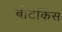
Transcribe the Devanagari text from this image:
बोटकिंस